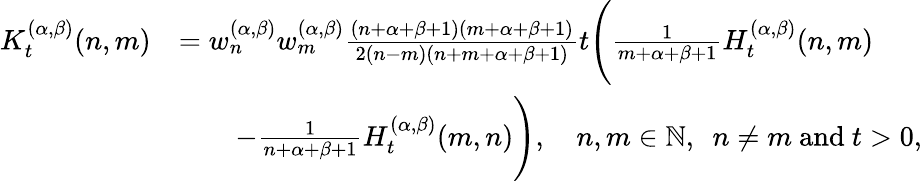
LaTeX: \begin{array}{rl}{{K}_{t}^{(\alpha,\beta)}(n,m)}&{=w_{n}^{(\alpha,\beta)}w_{m}^{(\alpha,\beta)}\frac{(n+\alpha+\beta+1)(m+\alpha+\beta+1)}{2(n-m)(n+m+\alpha+\beta+1)}t\Bigg(\frac{1}{m+\alpha+\beta+1}H_{t}^{(\alpha,\beta)}(n,m)}\\ &{\qquad-\frac{1}{n+\alpha+\beta+1}H_{t}^{(\alpha,\beta)}(m,n)\Bigg),\quad n,m\in{\mathbb{N}},\: \; n\neq m\mathrm{~and~}t>0,}\end{array}